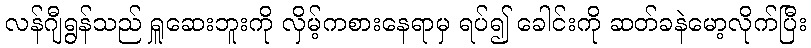
လန်ဂျီရွန်သည် ရှူဆေးဘူးကို လှိမ့်ကစားနေရာမှ ရပ်၍ ခေါင်းကို ဆတ်ခနဲမော့လိုက်ပြီး